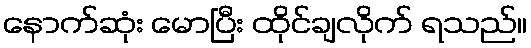
နောက်ဆုံး မောပြီး ထိုင်ချလိုက် ရသည်။